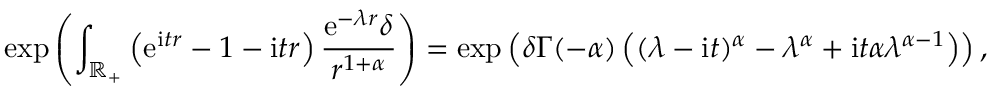
\exp \left( \int _ { \mathbb { R } _ { + } } \left( \mathrm { e } ^ { \mathrm { i } t r } - 1 - \mathrm { i } t r \right) \frac { \mathrm { e } ^ { - \lambda r } \delta } { r ^ { 1 + \alpha } } \right) = \exp \left( \delta \Gamma ( - \alpha ) \left( ( \lambda - \mathrm { i } t ) ^ { \alpha } - \lambda ^ { \alpha } + \mathrm { i } t \alpha \lambda ^ { \alpha - 1 } \right) \right) ,